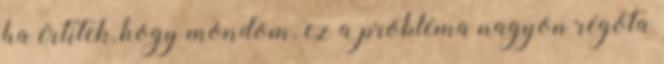
ha értitek, hogy mondom. ez a probléma nagyon régóta